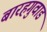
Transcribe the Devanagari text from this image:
बारहगुवाड